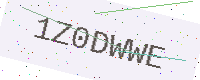
Text: 1Z0DWWE